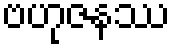
ဗဟုဇနဿ